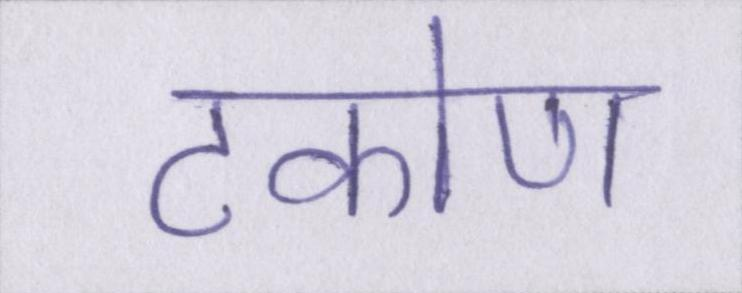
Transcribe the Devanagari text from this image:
टकोण